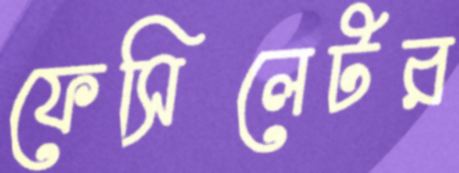
ফেসিলেটর